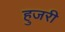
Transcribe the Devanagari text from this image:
हुजरी